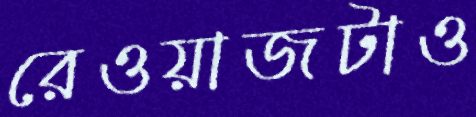
রেওয়াজটাও